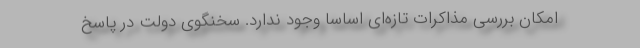
امکان بررسی مذاکرات تازه‌ای اساسا وجود ندارد. سخنگوی دولت در پاسخ